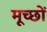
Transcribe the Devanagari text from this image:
मूच्छों